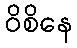
ဝိစိနေ